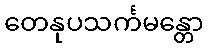
တေနုပသင်္ကမန္တော